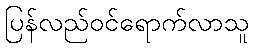
ပြန်လည်ဝင်ရောက်လာသူ